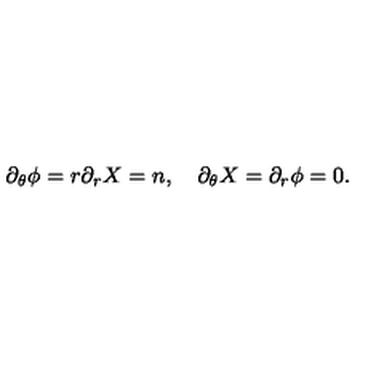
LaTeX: \partial _ { \theta } \phi = r \partial _ { r } X = n , \quad \partial _ { \theta } X = \partial _ { r } \phi = 0 .